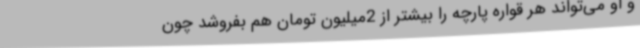
و او می‌تواند هر قواره پارچه را بیشتر از 2میلیون تومان هم بفروشد چون